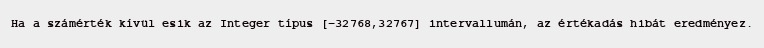
Ha a számérték kívül esik az Integer típus [-32768,32767] intervallumán, az értékadás hibát eredményez.